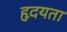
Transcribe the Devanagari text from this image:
हृदयता